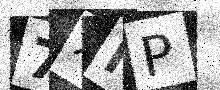
Text: 7XNP